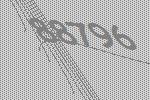
88796